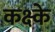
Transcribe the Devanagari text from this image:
कक्ष्के